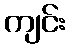
ကျင်း